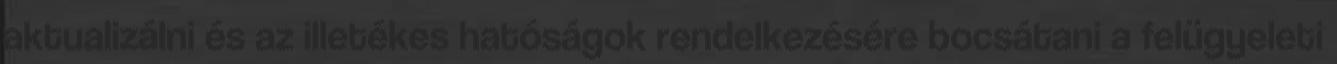
aktualizálni és az illetékes hatóságok rendelkezésére bocsátani a felügyeleti